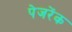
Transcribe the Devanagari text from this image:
पेजरेंक